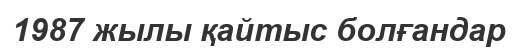
1987 жылы қайтыс болғандар